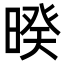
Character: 暌